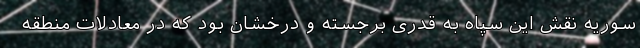
سوریه نقش این سپاه به قدری برجسته و درخشان بود که در معادلات منطقه